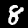
Label: 8